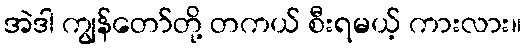
အဲဒါ ကျွန်တော်တို့ တကယ် စီးရမယ့် ကားလား။